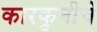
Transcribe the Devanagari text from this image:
कारकुनीचें